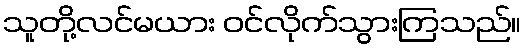
သူတို့လင်မယား ဝင်လိုက်သွားကြသည်။